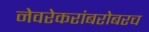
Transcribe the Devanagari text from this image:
नेवरेकरांबरोबरच